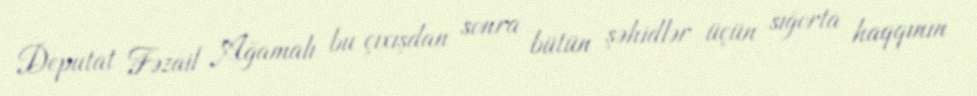
Deputat Fəzail Ağamalı bu çıxışdan sonra bütün şəhidlər üçün sığorta haqqının